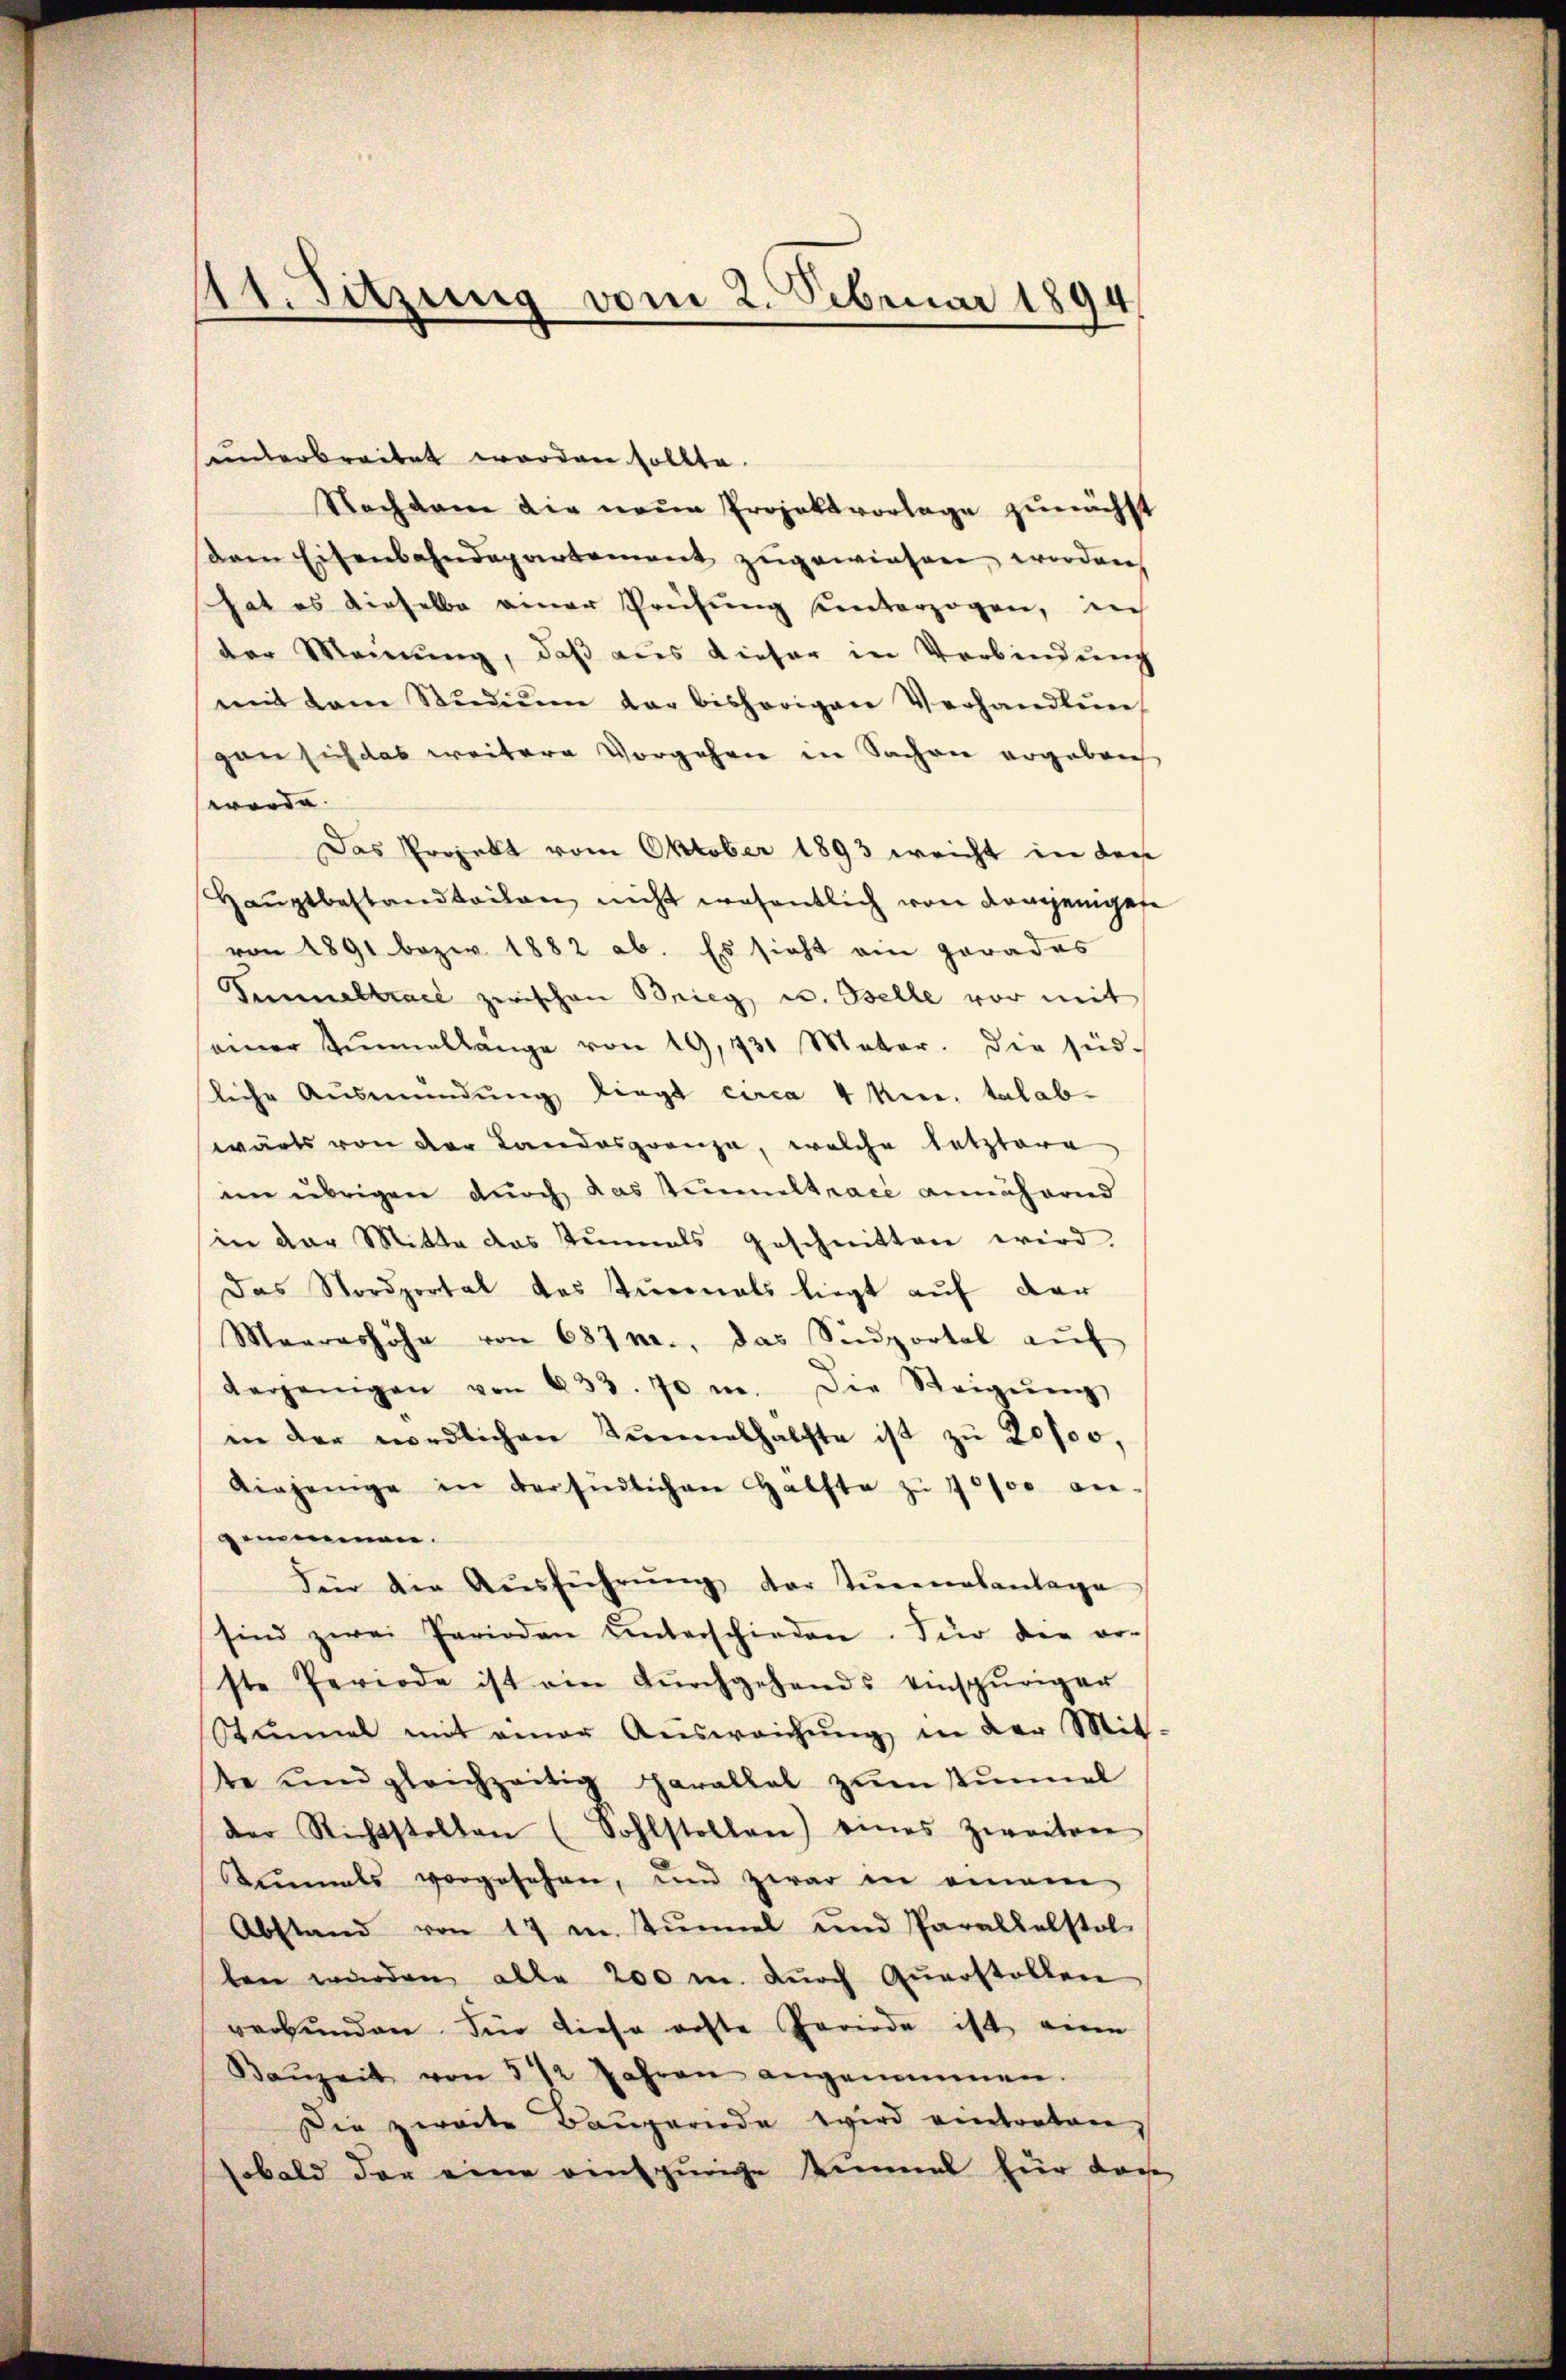
11. Sitzung vom 2. Februar 1894.

unterbreitet worden sollte.
Nachdem die neue Projektvorlage zunächst
Dem Eisenbahndepartement zugewiesen, worden,
hat es dieselbe einer Prüfung unterzogen, in
der Meinung, daß aus dieser in Verbindung
mit dem Stŭdiŭm der bisherigen Verhandlŭng
gan sich das weitere Vorgehen in Sachen ergebrech
worde. |
Das Projekt vom Oktober 1893 ereicht in der
Hauptbestandteilen nicht wesentlich von demjenigese
von 1891 bezw. 1882 ab. Es sieht am gerades
Tunneltrael zwischen Brieg u. selle vor mit
einer Tunnellänge von 19, 431 Meter. Die süd-
liche Ausmündŭng liegt circa 4 Meer. talabwärts von der Landosgrenza, welche letztere
im übrigen durch das Zimmeltrace annähernd
in der Mitta das Tunals geschnitten wird.
Das Nordportal das Turnals liegt auf der
Maarashöhe von 687 n., das Südportal aŭf
derjenigen von 833. 70 m. Die Steigŭng
in der nördlichen Tunnelhälfte ist zu 2000,
Aiejenige in der südlichen Hälfte zŭ 10000 an-
genommen.
Für die Aŭsführŭng der Tŭrnalantage
sind zwei Perioden ŭnterschieden. Für die or-
ste Periode ist ein dŭrchgehends einspuriger
Stimmel mit einer Aŭsweichŭng in der Mit-
te ŭnd gleichzeitig parallel zŭm Kŭnel
der Richtstollen (Sohlstollen) eines zweiten
emals vorgesehen, und zwar in einem
Abstand von 17 m. Zŭnnel und Parallelstol
len würden alle 200 m. durch Querstellen
verbunden für diese erste Periode ist eine
Baŭzeit von 3 1/2 Jahren angenommen.
Die zweite Bauperiode wird eintorten,
sobald der eine rentzüriche Einmal für doch